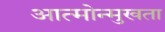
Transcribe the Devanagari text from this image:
आत्मोन्मुखता